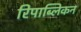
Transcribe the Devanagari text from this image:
रिपाब्लिकन